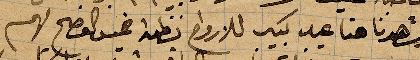
وشهدنا هنا عيد كبير للارواح نظمه عيد الفصح لهم